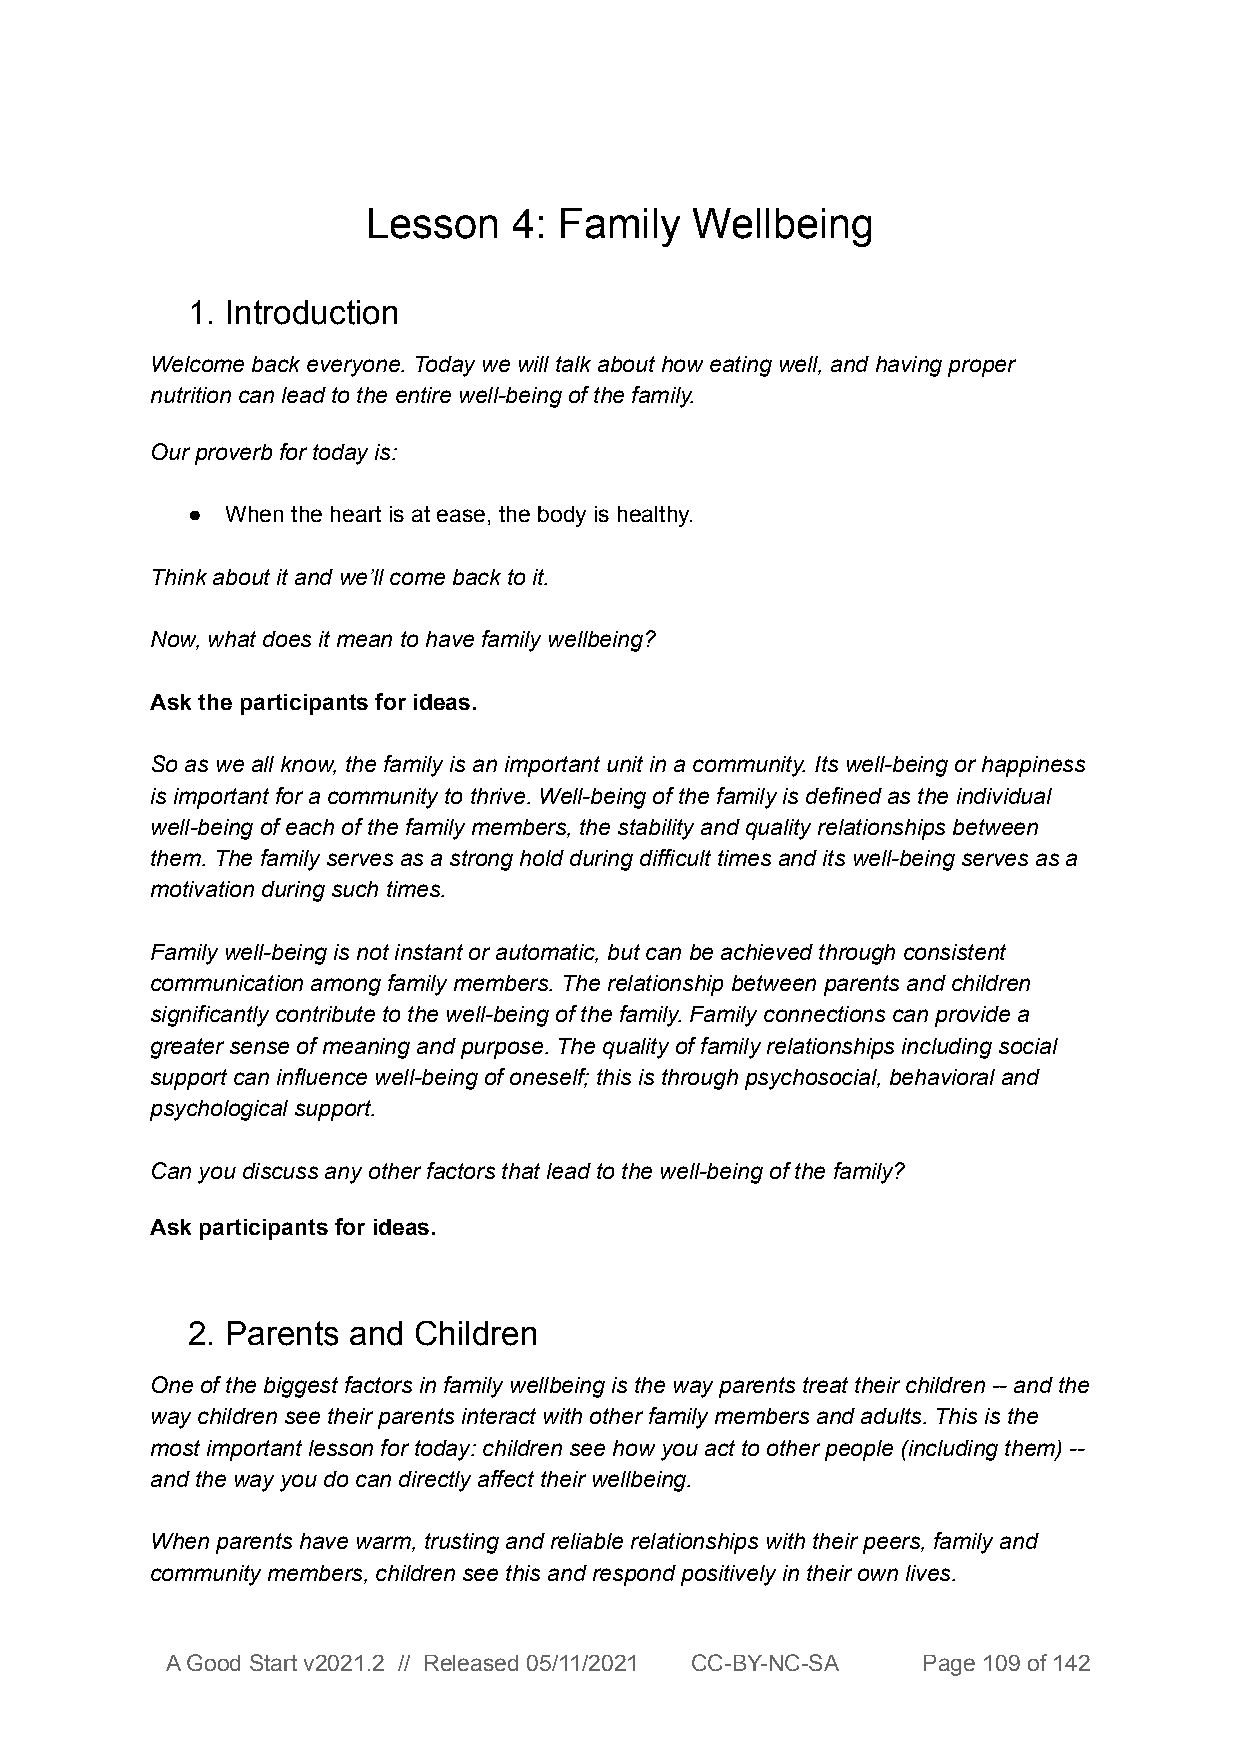
Lesson    4: Family   Wellbeing
 1. Introduction
 Welcome back everyone. Today we will talk about how eating well, and having proper
 nutrition can lead to the entire well-being of the family.
 Our proverb for today is:
 ●  When the heart is at ease, the body is healthy.
 Think about it and we’ll come back to it.
 Now, what does it mean to have family wellbeing?
 Ask the participants for ideas.
 So as we all know, the family is an important unit in a community. Its well-being or happiness
 is important for a community to thrive. Well-being of the family is defined as the individual
 well-being of each of the family members, the stability and quality relationships between
 them. The family serves as a strong hold during difficult times and its well-being serves as a
 motivation during such times.
 Family well-being is not instant or automatic, but can be achieved through consistent
 communication among family members. The relationship between parents and children
 significantly contribute to the well-being of the family. Family connections can provide a
 greater sense of meaning and purpose. The quality of family relationships including social
 support can influence well-being of oneself; this is through psychosocial, behavioral and
 psychological support.
 Can you discuss any other factors that lead to the well-being of the family?
 Ask participants for ideas.
 2. Parents and Children
 One of the biggest factors in family wellbeing is the way parents treat their children -- and the
 way children see their parents interact with other family members and adults. This is the
 most important lesson for today: children see how you act to other people (including them) --
 and the way you do can directly affect their wellbeing.
 When parents have warm, trusting and reliable relationships with their peers, family and
 community members, children see this and respond positively in their own lives.
 A Good Start v2021.2 // Released 05/11/2021 CC-BY-NC-SA Page 109 of 142